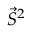
{ \vec { S } } ^ { 2 }